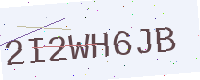
Text: 2I2WH6JB